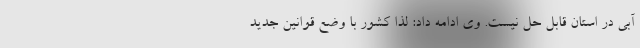
آبی در استان قابل حل نیست. وی ادامه داد: لذا کشور با وضع قوانین جدید